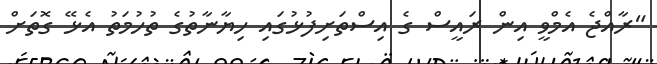
"ރާއްޖެ އެމްވީ އިން ރައީސް ގެ އިސްތަށިފުޅުގައި ހިޔާނާތުގެ ތުހުމަތު އެޅޭ ގޮތަށް